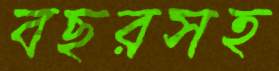
বছরসহ